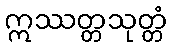
ဣဿတ္တသုတ္တံ